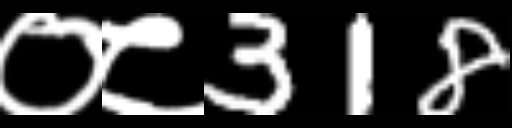
Text: ०८318